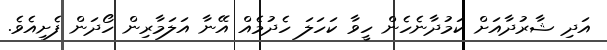
އަދި ޝާރުދާއަށް ކަމުދާނެހެން ހީވާ ކަހަލަ ހެދުމެއް އޭނާ އަލަމާރިން ހޯދަން ފެށިއެވެ.